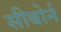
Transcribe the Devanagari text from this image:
सीबोर्न